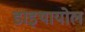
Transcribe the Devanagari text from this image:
डाइथायोल